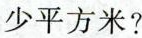
少平方米？